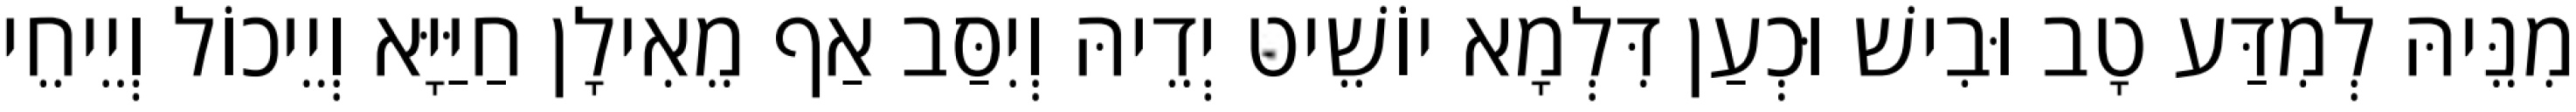
מִנֵּיהּ לְמִדַּע טָב וּבִישׁ וּכְעַן דִּלְמָא יוֹשֵׁיט יְדֵיהּ וְיִסַּב אַף מֵאִילָן חַיַּיָּא וְיֵיכוֹל וְיֵיחֵי